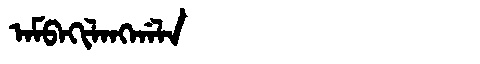
Manchu: ᠠᠮᠪᠠᡴᡳᠯᠠᠩᡤᠠᠯᠠ
Romanization: AMBAKILANGGALA